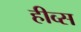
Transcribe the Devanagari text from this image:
हीव्स